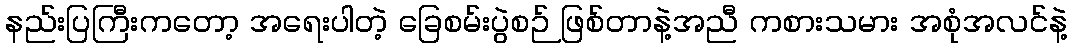
နည်းပြကြီးကတော့ အရေးပါတဲ့ ခြေစမ်းပွဲစဉ် ဖြစ်တာနဲ့အညီ ကစားသမား အစုံအလင်နဲ့